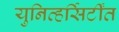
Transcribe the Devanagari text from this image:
युनिव्हर्सिर्टींत